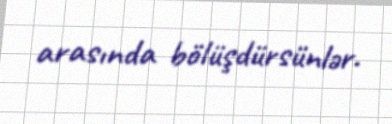
arasında bölüşdürsünlər.